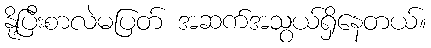
နို့ပြီးစာလဲမပြတ် အဆက်အသွယ်ရှိနေတယ်။